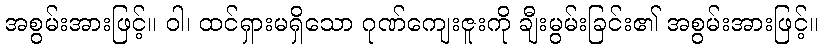
အစွမ်းအားဖြင့်။ ဝါ၊ ထင်ရှားမရှိသော ဂုဏ်ကျေးဇူးကို ချီးမွမ်းခြင်း၏ အစွမ်းအားဖြင့်။